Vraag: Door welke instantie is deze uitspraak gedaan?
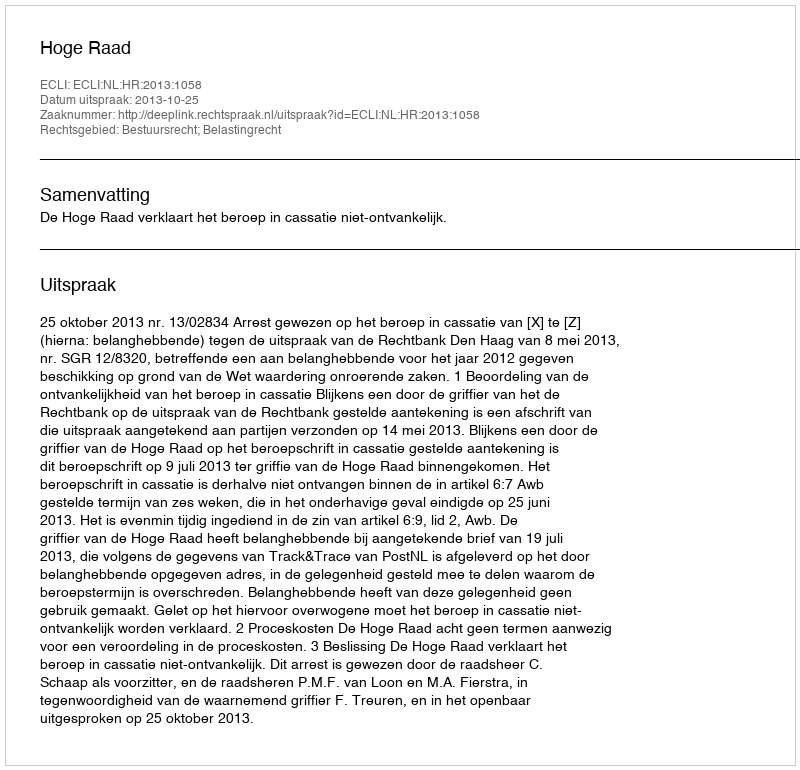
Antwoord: Hoge Raad